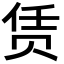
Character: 赁